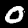
Label: 0